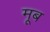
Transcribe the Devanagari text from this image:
मूब